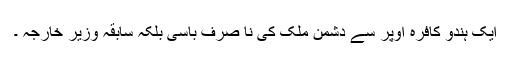
ایک ہندو کافرہ اوپر سے دشمن ملک کی نا صرف باسی بلکہ سابقہ وزیر خارجہ ۔